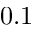
0 . 1